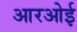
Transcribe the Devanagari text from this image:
आरओई